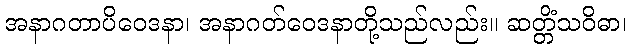
အနာဂတာပိဝေဒနာ၊ အနာဂတ်ဝေဒနာတို့သည်လည်း။ ဆတ္တိံသဝိဓာ၊